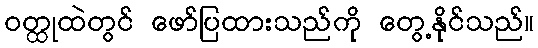
ဝတ္ထုထဲတွင် ဖော်ပြထားသည်ကို တွေ့နိုင်သည်။